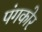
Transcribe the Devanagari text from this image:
पंगकोर